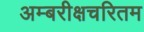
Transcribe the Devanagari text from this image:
अम्बरीक्षचरितम